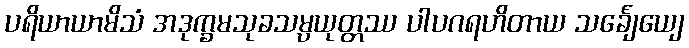
ပရိယာယာမိသံ အဒုက္ခမသုခသမ္ပယုတ္တဿ ပါပဂရဟိတာယ သင်္ချေယျေ